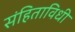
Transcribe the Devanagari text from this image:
संहिताविधी